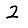
Digit: 2